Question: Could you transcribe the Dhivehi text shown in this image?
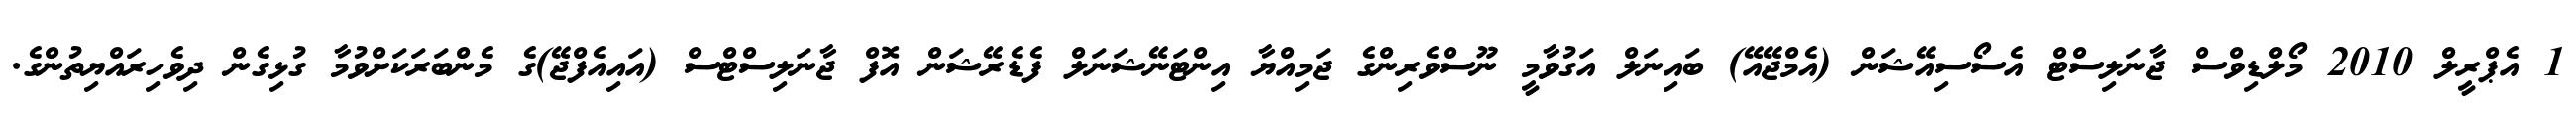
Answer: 1 އެޕްރީލް 2010 މޯލްޑިވްސް ޖާނަލިސްޓް އެސޯސިއޭޝަން (އެމްޖޭއޭ) ބައިނަލް އަގުވާމީ ނޫސްވެރިންގެ ޖަމިއްޔާ އިންޓަނޭޝަނަލް ފެޑެރޭޝަން އޮފް ޖާނަލިސްޓްސް (އައިއެފްޖޭ)ގެ މެންބަރަކަށްވުމާ ގުޅިގެން ދިވެހިރައްޔިތުންގެ.